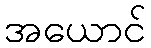
အယောင်